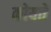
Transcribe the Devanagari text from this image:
कोयते